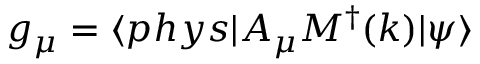
g _ { \mu } = \langle p h y s | A _ { \mu } M ^ { \dagger } ( k ) | \psi \rangle